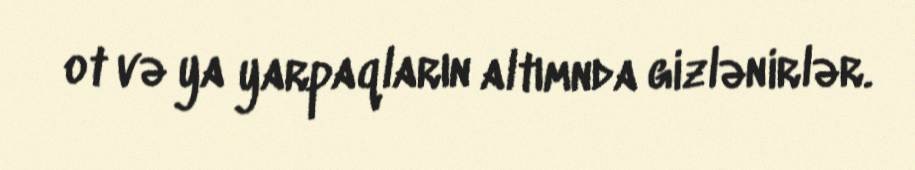
ot və ya yarpaqların altımnda gizlənirlər.